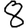
Digit: 8